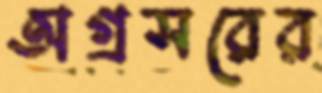
অগ্রসরের